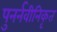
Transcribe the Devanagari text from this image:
पुनर्नवीनिकृत